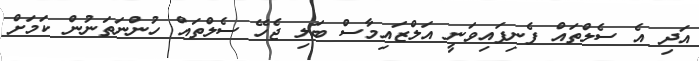
އަދި އެ ސެލްތައް ފެނިފައިވަނީ އަލްޒައިމާސް ބަލި ޖެހޭ ސެލްތައް ހުންނަތަނުން ކަމަށް